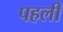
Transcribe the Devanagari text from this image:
पहलीं